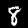
Digit: 8